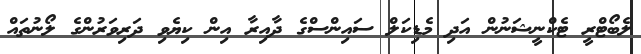
ލެބޯޓްރީ ޓެކްނީޝަނުން އަދި މެޑިކަލް ސައިންސްގެ ދާއިރާ އިން ކިޔެވި ދަރިވަރުންގެ ލޯނުތައް